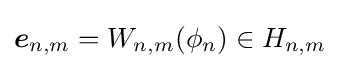
{\boldsymbol {e}}_{n,m}=W_{n,m}(\phi _{n})\in H_{n,m}